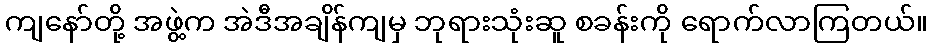
ကျနော်တို့ အဖွဲ့က အဲဒီအချိန်ကျမှ ဘုရားသုံးဆူ စခန်းကို ရောက်လာကြတယ်။